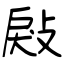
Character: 㪐